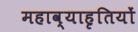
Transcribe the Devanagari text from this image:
महाव्याहृतियों